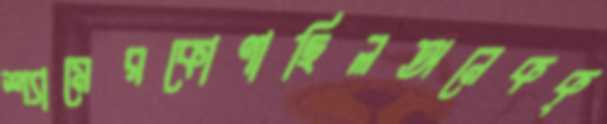
শ্যামেরকোণাছিলঅনেকক্